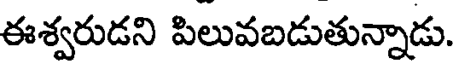
ఈశ్వరుడని పిలువబడుతున్నాడు.